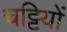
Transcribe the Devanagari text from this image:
चट्टियों